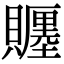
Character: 𧸪